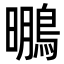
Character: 䳟